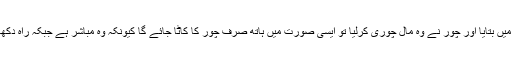
دوسری مثال: ایک شخص نے چور کو کسی کے مال کہ بارہ میں بتایا اور چور نے وہ مال چوری کرلیا تو ایسی صورت میں ہاتھ صرف چور کا کاٹا جائے گا کیونکہ وہ مباشر ہے جبکہ راہ دکھانے والے کو تعزیرا ًسزا دی جائے گی کیونکہ وہ متسبب ہے۔